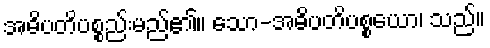
အဓိပတိပစ္စည်းမည်၏။ သော-အဓိပတိပစ္စယော၊ သည်။